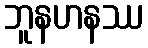
ဘူနဟနဿ